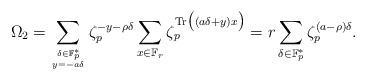
LaTeX: \begin{align*}\Omega_2 =\sum\limits_{\delta \in \mathbb{F}_p^* \atop y=-a\delta}\zeta_p^{-y-\rho \delta}\sum_{x\in \mathbb{F}_r}\zeta_p^{\mathrm{Tr}\big((a\delta+y)x\big)}= r \sum_{\delta \in \mathbb{F}_p^* } \zeta_p^{(a-\rho )\delta} .\end{align*}